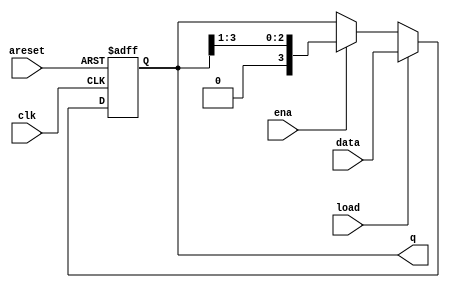
module top_module(
    input clk,
    input areset,  // async active-high reset to zero
    input load,
    input ena,
    input [3:0] data,
    output reg [3:0] q); 
    
    always @(posedge clk, posedge areset) begin
        if(areset)
            q <= 0;
        else begin
            if(load)
                q <= data;
            else if(ena)
                q <= q >> 1;
        end            
    end

endmodule